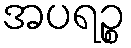
အပရဉ္စ